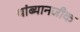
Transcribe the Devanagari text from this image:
थांब्यानजीक